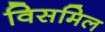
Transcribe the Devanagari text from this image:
विसमिल